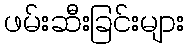
ဖမ်းဆီးခြင်းများ